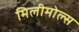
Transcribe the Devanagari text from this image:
मिलीमोल्स